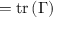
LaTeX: = \operatorname { t r } \left( \Gamma \right)